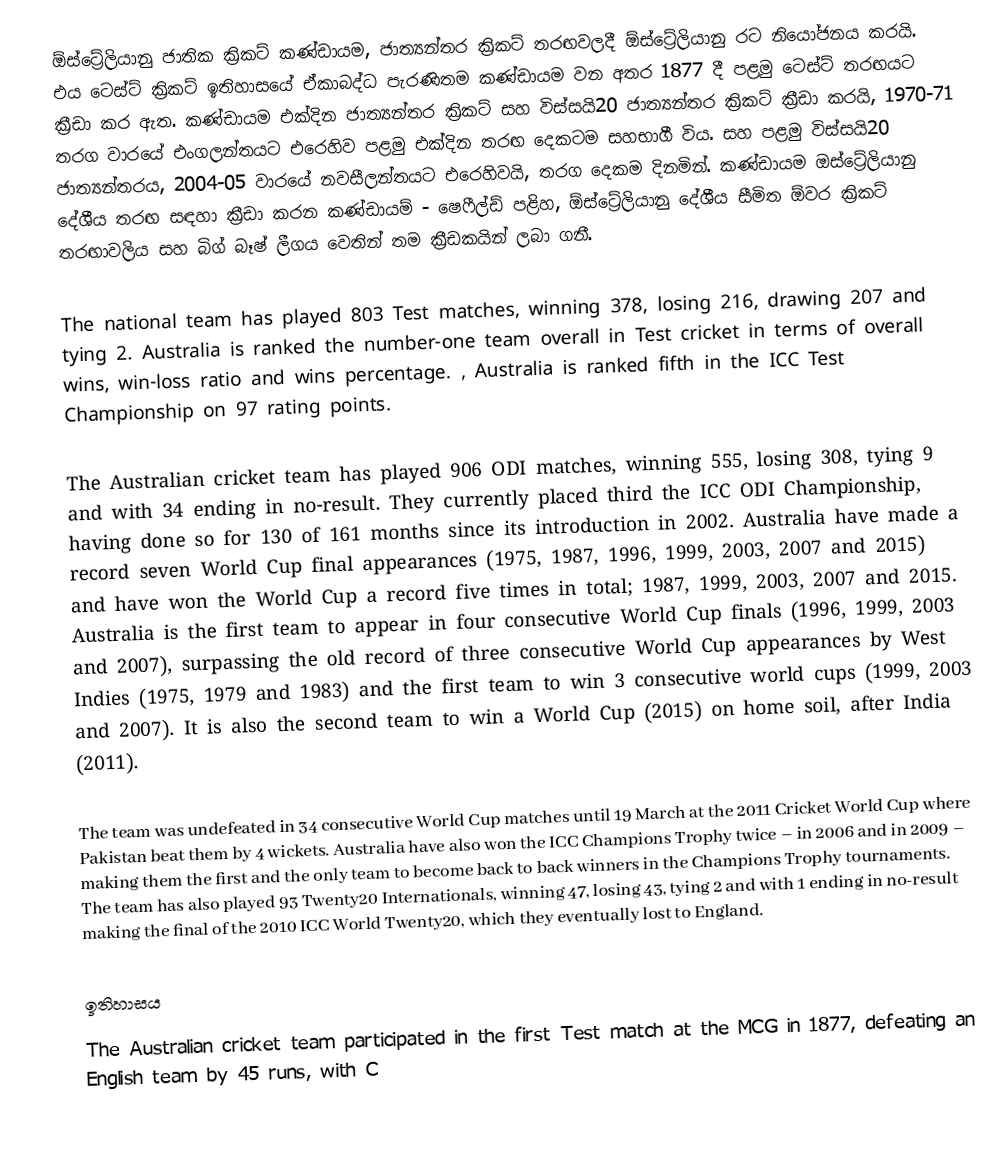
ඕස්ට්‍රේලියානු ජාතික ක්‍රිකට් කණ්ඩායම, ජාත්‍යන්තර ක්‍රිකට් තරඟවලදී ඕස්ට්‍රේලියානු රට නියෝජනය කරයි. එය ටෙස්ට් ක්‍රිකට් ඉතිහාසයේ ඒකාබද්ධ පැරණිතම කණ්ඩායම වන අතර 1877 දී පළමු ටෙස්ට් තරඟයට ක්‍රීඩා කර ඇත. කණ්ඩායම එක්දින ජාත්‍යන්තර ක්‍රිකට් සහ විස්සයි20 ජාත්‍යන්තර ක්‍රිකට් ක්‍රීඩා කරයි, 1970-71 තරග වාරයේ එංගලන්තයට එරෙහිව පළමු එක්දින තරඟ දෙකටම සහභාගී විය. සහ පළමු විස්සයි20 ජාත්‍යන්තරය, 2004-05 වාරයේ නවසීලන්තයට එරෙහිවයි, තරග දෙකම දිනමින්. කණ්ඩායම ඔස්ට්‍රේලියානු දේශීය තරඟ සඳහා ක්‍රීඩා කරන කණ්ඩායම් - ෂෙෆීල්ඩ් පළිහ, ඕස්ට්‍රේලියානු දේශීය සීමිත ඕවර ක්‍රිකට් තරඟාවලිය සහ බිග් බෑෂ් ලීගය වෙතින් තම ක්‍රීඩකයින් ලබා ගනී.

The national team has played 803 Test matches, winning 378, losing 216, drawing 207 and tying 2. Australia is ranked the number-one team overall in Test cricket in terms of overall wins, win-loss ratio and wins percentage. , Australia is ranked fifth in the ICC Test Championship on 97 rating points.

The Australian cricket team has played 906 ODI matches, winning 555, losing 308, tying 9 and with 34 ending in no-result. They currently placed third the ICC ODI Championship, having done so for 130 of 161 months since its introduction in 2002. Australia have made a record seven World Cup final appearances (1975, 1987, 1996, 1999, 2003, 2007 and 2015) and have won the World Cup a record five times in total; 1987, 1999, 2003, 2007 and 2015. Australia is the first team to appear in four consecutive World Cup finals (1996, 1999, 2003 and 2007), surpassing the old record of three consecutive World Cup appearances by West Indies (1975, 1979 and 1983) and the first team to win 3 consecutive world cups (1999, 2003 and 2007). It is also the second team to win a  World Cup (2015) on home soil, after India (2011).

The team was undefeated in 34 consecutive World Cup matches until 19 March at the 2011 Cricket World Cup where Pakistan beat them by 4 wickets. Australia have also won the ICC Champions Trophy twice – in 2006 and in 2009 – making them the first and the only team to become back to back winners in the Champions Trophy tournaments. The team has also played 93 Twenty20 Internationals, winning 47, losing 43, tying 2 and with 1 ending in no-result making the final of the 2010 ICC World Twenty20, which they eventually lost to England.

ඉතිහාසය
The Australian cricket team participated in the first Test match at the MCG in 1877, defeating an English team by 45 runs, with C